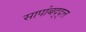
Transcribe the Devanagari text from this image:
सापांबद्द्ल